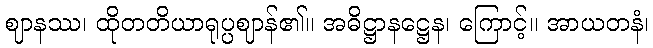
ဈာနဿ၊ ထိုတတိယာရုပ္ပဈာန်၏။ အဓိဋ္ဌာနဋ္ဌေန၊ ကြောင့်။ အာယတနံ၊